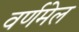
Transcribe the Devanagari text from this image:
वर्णमेल